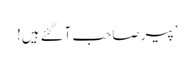
’پیر صاحب آگئے ہیں!